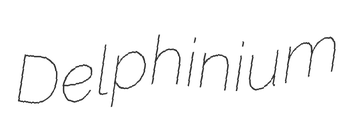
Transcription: Delphinium